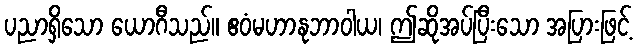
ပညာရှိသော ယောဂီသည်။ ဧဝံမဟာနုဘာဝါယ၊ ဤဆိုအပ်ပြီးသော အပြားဖြင့်